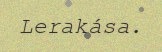
Lerakása.